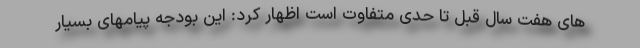
های هفت سال قبل تا حدی متفاوت است اظهار کرد: این بودجه پیامهای بسیار